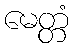
မေတ္တံ